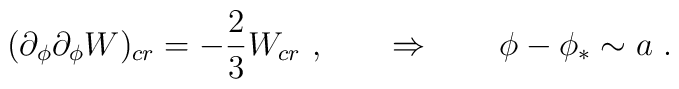
(\partial_\phi \partial_\phi W)_{cr} = - {2\over 3} W_{cr}\ , \qquad   \Rightarrow  \qquad \phi - \phi_* \sim a \ .